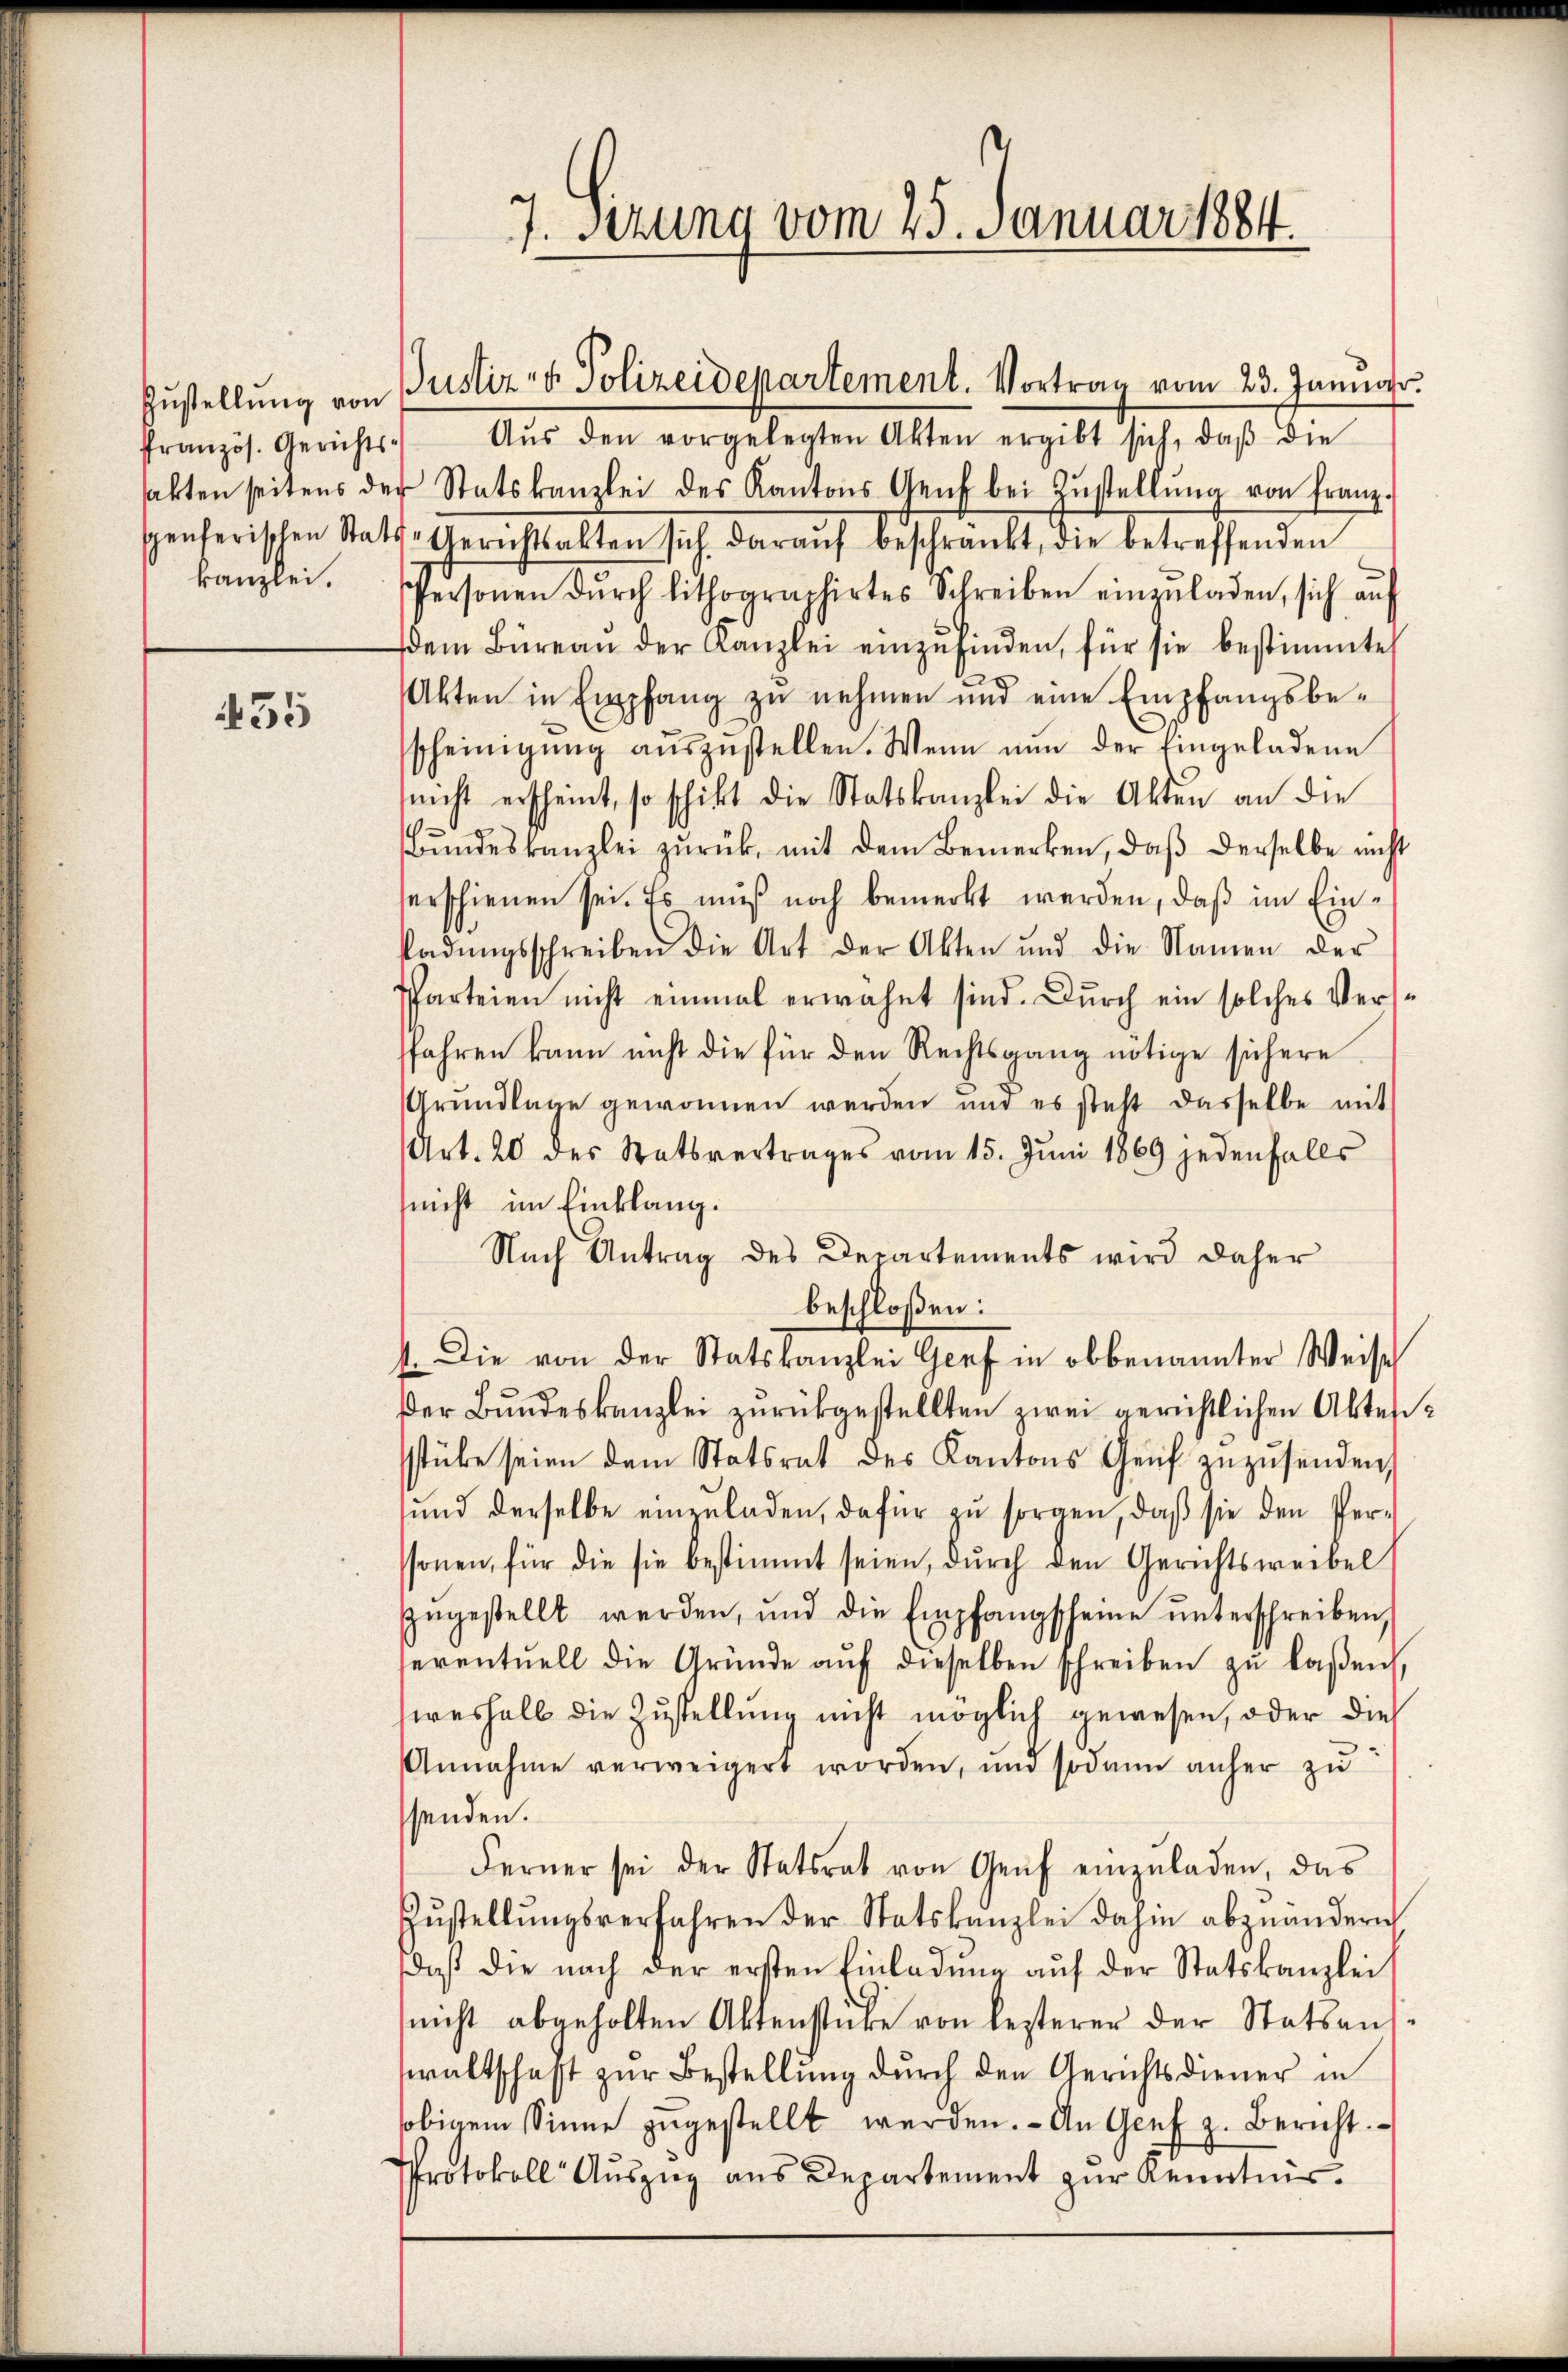
französ. Gerichts-

55

Aŭs den vorgelegten Akten ergibt sich, daβ die
akten seitens der Statskanzlei des Kantons Genf bei Zŭstellŭng von Franz-
schenferischen Statt-Gerichtsalten sich darauf beschränkt, die betreffenden
kanzlei. Personen dŭrch lithographirtes Schreiben einzŭladen, sich auf
dem Büreaŭ der Kanzlei einzŭfinden, für sie bestimmte
Akten in Empfang zu nehmen und eine Empfangsbescheinigŭng aŭszŭstellen. Wenn nŭn der Eingeladene
(nicht erscheint, so schikt die Statskanzlei die Akten an die
Bŭndeskanzlei zŭrück, mit dem Bemerken, daβ derselbe nicht
serschienen sei. Es muß noch bemerkt werden, daß im Einkadŭngsschreiben die Art der Akten und die Namen der
Parteien nicht einmal erwähnt sind. Durch ein solches Versffahren kann nicht die für den Rechtsgang nötige sichere
Grundlage gewonnen werden und es steht dasselbe mit
Art. 20 des Statsvertrages vom 15. Juni 1869 jedenfalls
(nicht im Einklang.
Nach Antrag des Departements wird daher
beschloßen:
1. Die von der Statskanzlei Genf in obbenannter Weise
Der Bŭndeskanzlei zurückgestellten zwei gerichtlichen Aktesstüke seien dem Statsrat des Kantons Genf zŭzŭsenden,
ŭnd derselbe einzŭladen, dafür zŭ sorgen, daβ sie den Per-
ssonen, für die sie bestimmt seien, dŭrch den Gerichtsweibel
zŭgestellt werden, und die Empfangscheine ŭnterschreiben,
seventuell die Gründe aŭf dieselben schreiben zŭ laßen,
weshalb die Zustellung nicht möglich gewesen, oder die
Annahme verweigert worden, und sodann anher zu
senden.
Ferner sei der Statsrat von Genf einzuladen, das
Zŭstellŭngsverfahren der Statskanzlei dahin abzuändern
daß die nach der ersten Einladung auf der Statskanzlei
(nicht abgeholten Aktenstücke von lezterer der Statsanswaltschaft zŭr Bestellŭng dŭrch den Gerichtsdiener in
sobigem Sinne zŭgestellt werden. - An Genf z. Bericht.
Protokoll Auszug aus Departement zur Kenntnis.

7. sezung vom 25. Januar 1884.

Zustellŭng von Justiz- & Polizeidepartement. Vortrag vom 23. Januar.